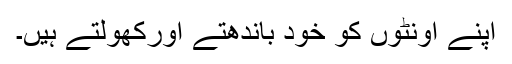
اپنے اُونٹوں کو خود باندھتے اورکھولتے ہیں۔